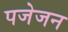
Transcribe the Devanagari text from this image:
पजेजन